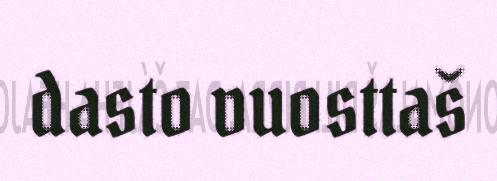
dasto vuosttaš